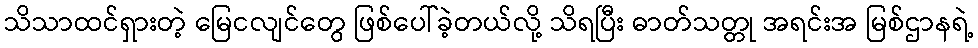
သိသာထင်ရှားတဲ့ မြေငလျင်တွေ ဖြစ်ပေါ်ခဲ့တယ်လို့ သိရပြီး ဓာတ်သတ္တု အရင်းအ မြစ်ဌာနရဲ့